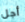
أجل